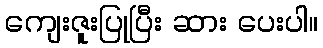
ကျေးဇူးပြုပြီး ဆား ပေးပါ။